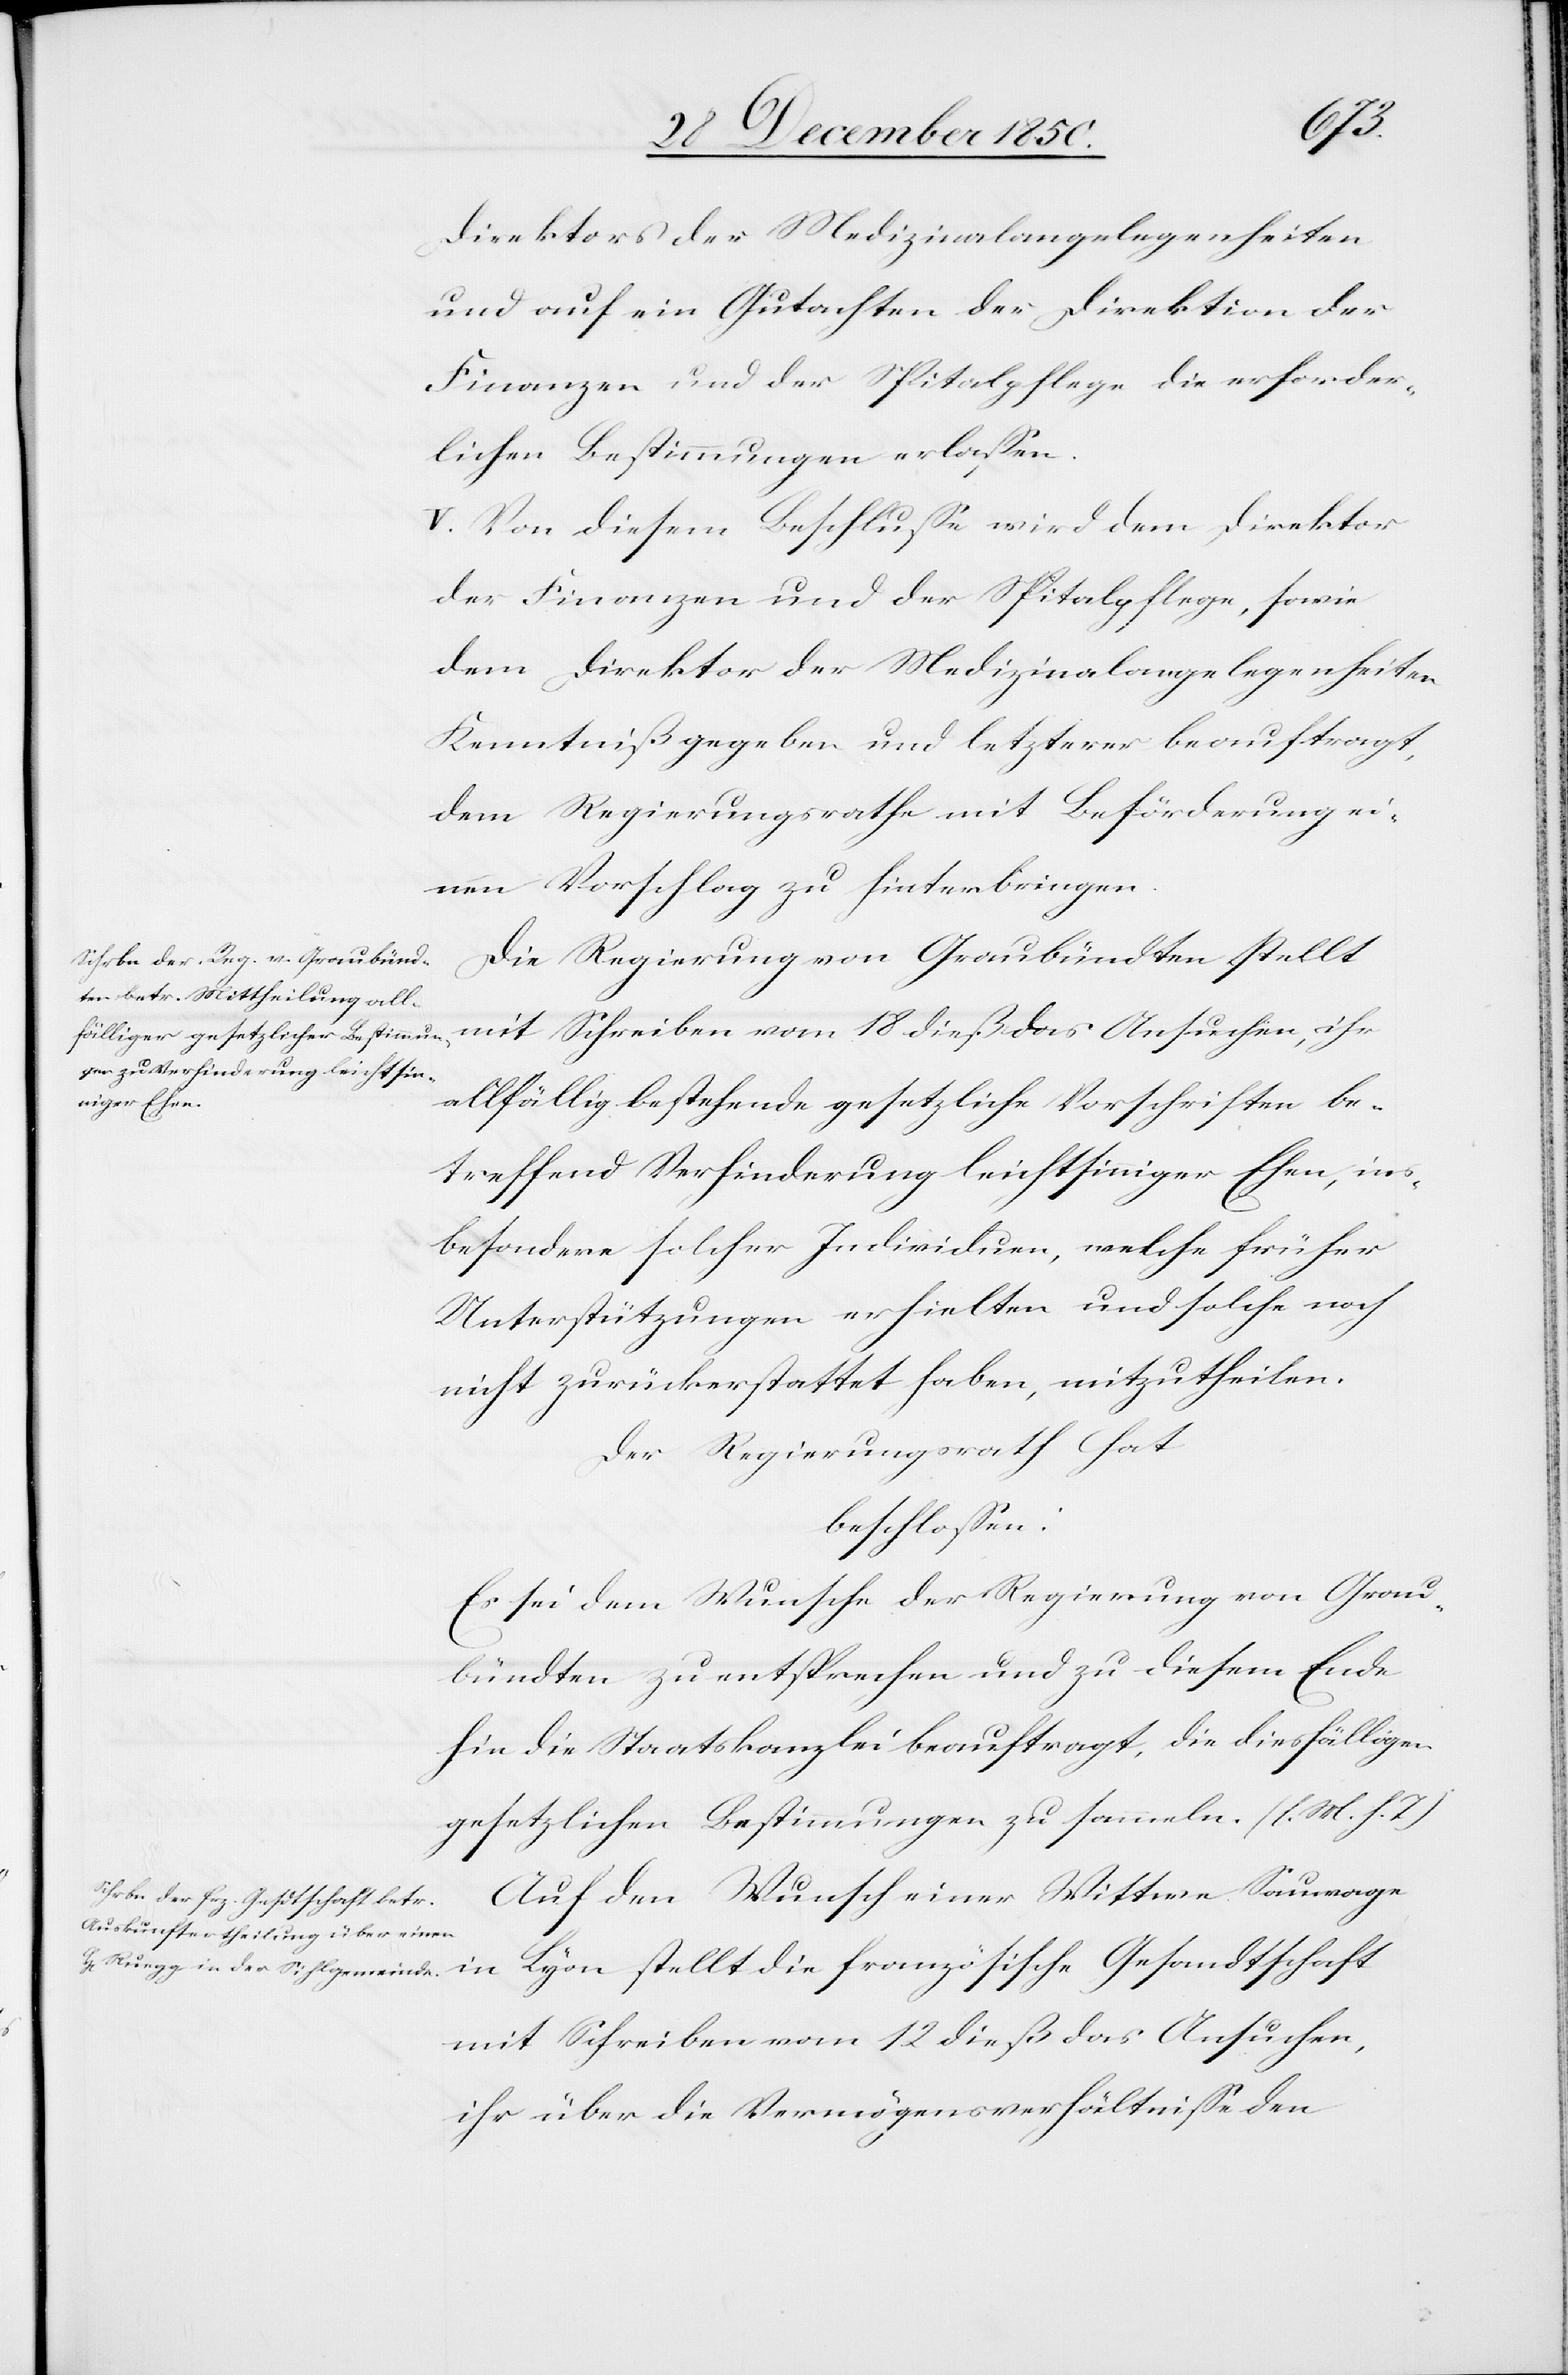
die
Direktors der Medizinalangelegenheiten
und auf ein Gutachten der Direktion der
Finanzen und der Spitalpflege die erforder¬
lichen Bestimmungen erlassen.
V. Von diesem Beschlusse wird dem Direktor
der Finanzen und der Spitalpflege, sowie
dem Direktor der Medizinalangelegenheiten
Kenntniß gegeben und letzterer beauftragt,
dem Regierungsrathe mit Beförderung ei¬
nen Vorschlag zu hinterbringen.
Die Regierung von Graubündten stellt
mit Schreiben vom 18 dieß das Ansuchen, ihr
allfällig bestehende gesetzliche Vorschriften be¬
treffend Verhinderung leichtsinniger Ehen, ins¬
besondere solcher Individuen, welche früher
Unterstützungen erhielten und solche noch
nicht zurückerstattet haben, mitzutheilen.
Der Regierungsrath hat
beschlossen:
Es sei dem Wunsche der Regierung von Grau¬
bündten zu entsprechen und zu diesem Ende
hin die Staatskanzlei beauftragt, die diesfälligen
gesetzlichen Bestimmungen zu sammeln. (l. M. h. T.)
Auf den Wunsch einer Wittwe Sauwage
mit Schreiben vom 12 dieß das Ansuchen,
ihr über die Vermögensverhältnisse den